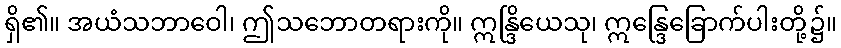
ရှိ၏။ အယံသဘာဝေါ၊ ဤသဘောတရားကို။ ဣန္ဒြိယေသု၊ ဣန္ဒြေခြောက်ပါးတို့၌။